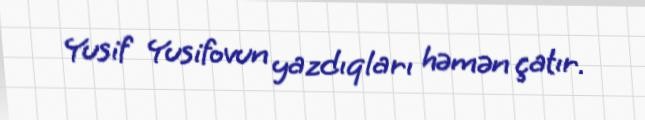
Yusif Yusifovun yazdıqları həmən çatır.